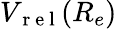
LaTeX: V_{\mathrm{~r~e~l~}}(R_{e})